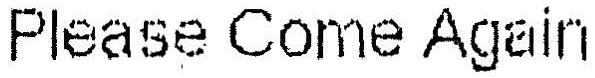
PLEASE COME AGAIN